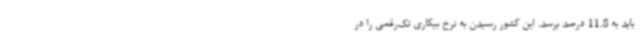
باید به 11.8 درصد برسد. این کشور رسیدن به نرخ بیکاری تک‌رقمی را در